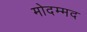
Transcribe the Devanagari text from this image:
मोदम्मद